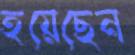
হয়েছেন